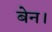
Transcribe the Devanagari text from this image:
बेन।